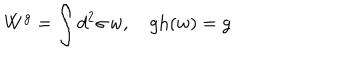
W ^ { g } = \int d ^ { 2 } \sigma \, w , \quad \mathrm { g h } ( w ) = g